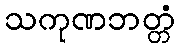
သကုဏဘတ္တံ